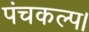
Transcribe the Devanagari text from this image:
पंचकल्प।